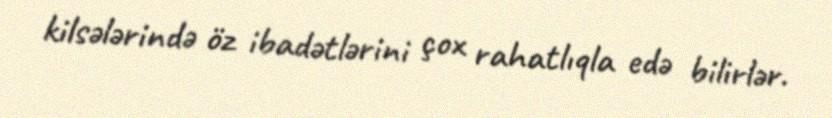
kilsələrində öz ibadətlərini çox rahatlıqla edə bilirlər.